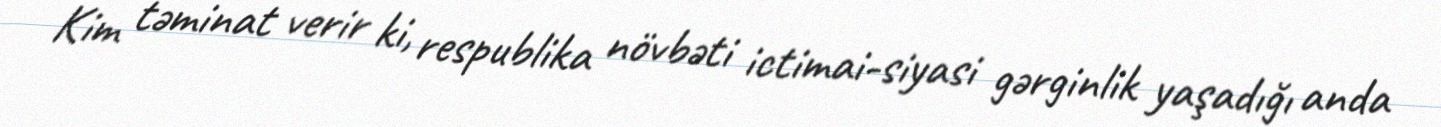
Kim təminat verir ki, respublika növbəti ictimai-siyasi gərginlik yaşadığı anda